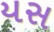
યસ